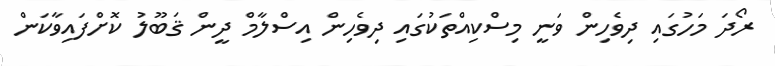
ރޯދަ މަހުގައި ދިވެހިން ވަނީ މިސްކިއްތަކުގައި ދިވެހިން އިސްލާމް ދީން ޤަބޫލު ކޮށްފައިވާކަން